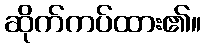
ဆိုက်ကပ်ထား၏။